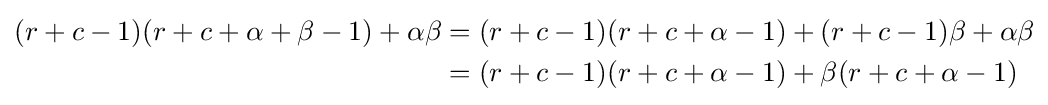
{\begin{aligned}(r+c-1)(r+c+\alpha +\beta -1)+\alpha \beta &=(r+c-1)(r+c+\alpha -1)+(r+c-1)\beta +\alpha \beta \\&=(r+c-1)(r+c+\alpha -1)+\beta (r+c+\alpha -1)\end{aligned}}